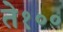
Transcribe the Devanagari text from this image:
ते१००